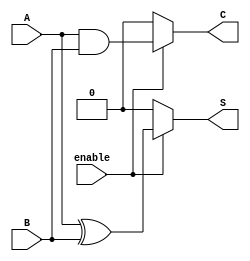
module Conditional_Half_Adder (
    input wire A,                // First input bit
    input wire B,                // Second input bit
    input wire enable,           // Control signal to enable addition
    output reg S,                // Sum output
    output reg C                 // Carry output
);

always @(*) begin
    // If enable signal is asserted, perform addition
    if (enable) begin
        S = A ^ B;               // Sum: A XOR B
        C = A & B;               // Carry: A AND B
    end else begin
        S = 1'b0;                // Outputs to 0 if not enabled
        C = 1'b0;
    end
end

endmodule